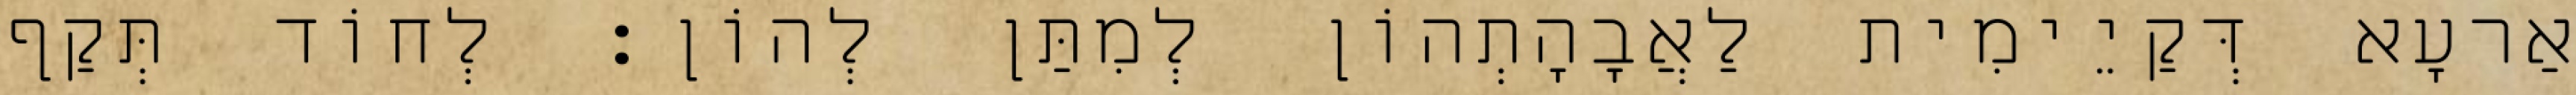
אַרעָא דְּקַיֵימִית לַאֲבָהָתְהוֹן לְמִתַּן לְהוֹן׃ לְחוֹד תְּקַף